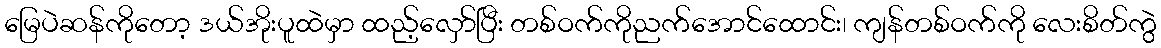
မြေပဲဆန်ကိုတော့ ဒယ်အိုးပူထဲမှာ ထည့်လှော်ပြီး တစ်ဝက်ကိုညက်အောင်ထောင်း၊ ကျန်တစ်ဝက်ကို လေးစိတ်ကွဲ